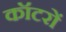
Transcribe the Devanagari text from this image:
कॉटरों